Insane asylums in Bengal annual reports 1876-1887 - 1876-1887
Year: 1876
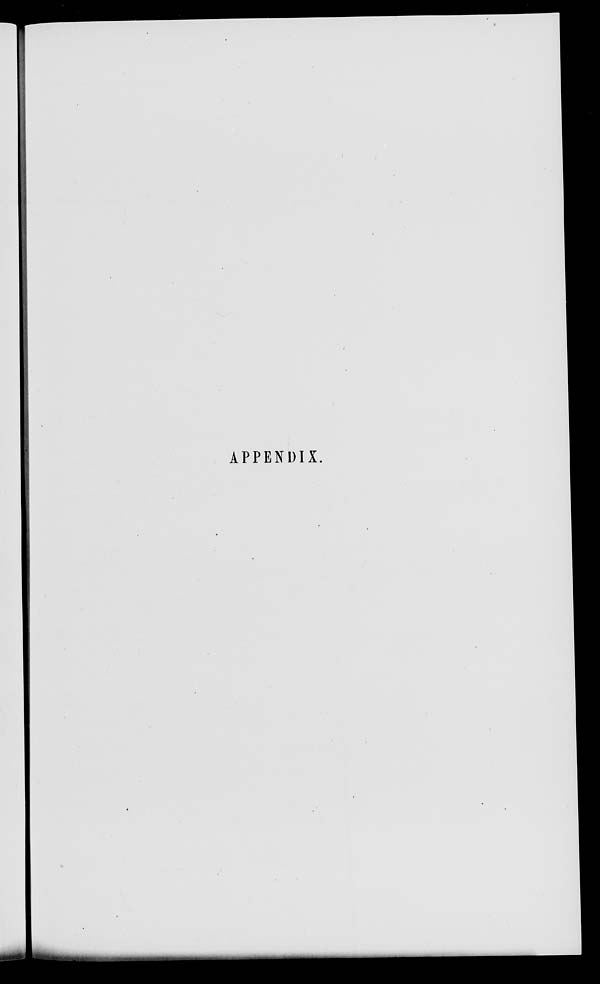
APPENDIX.